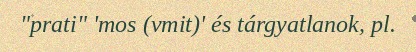
"prati" 'mos (vmit)' és tárgyatlanok, pl.